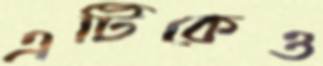
এটিকেও